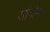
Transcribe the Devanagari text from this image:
सांगोन